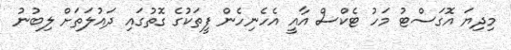
މިދިޔަ އޮގަސްޓު މަހު ޓެކްސް އާއީ އެހެނިހެން ފީތަކުގެ ގޮތުގައި ދައުލަތަށް ލިބުނު